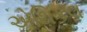
એથિકલ